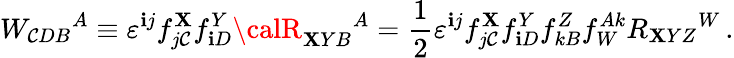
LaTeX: W_{\mathcal{C}DB}{}^{A}\equiv\varepsilon^{\mathbf{i}j}f_{j\mathcal{C}}^{\mathbf{X}}f_{\mathbf{i}D}^{Y}{\calR}_{\mathbf{X}YB}{}^{A}=\frac{1}{2}\varepsilon^{\mathbf{i}j}f_{j\mathcal{C}}^{\mathbf{X}}f_{\mathbf{i}D}^{Y}f_{kB}^{Z}f_{W}^{Ak}R_{\mathbf{X}YZ}{}^{W}\, .